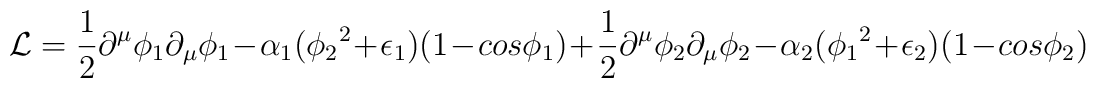
{\cal L}= \frac{1}{2}\partial^\mu \phi_1 \partial_\mu \phi_1 -  \alpha_1({\phi_2}^2 + \epsilon_1)(1-cos\phi_1)+  \frac{1}{2}\partial^\mu \phi_2 \partial_\mu \phi_2 -  \alpha_2({\phi_1}^2 + \epsilon_2)(1-cos\phi_2)